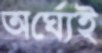
অর্ঘ্যেই